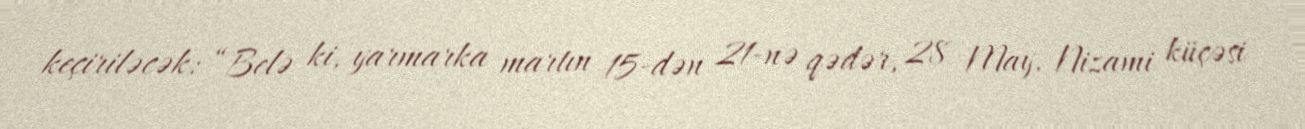
keçiriləcək: “Belə ki, yarmarka martın 15-dən 21-nə qədər, 28 May, Nizami küçəsi